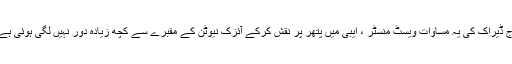
آج ڈیراک کی یہ مساوات ویسٹ منسٹر ، ایبی میں پتھر پر نقش کرکے آئزک نیوٹن کے مقبرے سے کچھ زیادہ دور نہیں لگی ہوئی ہے۔